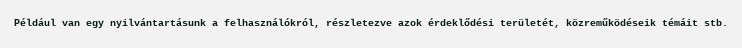
Például van egy nyilvántartásunk a felhasználókról, részletezve azok érdeklődési területét, közreműködéseik témáit stb.